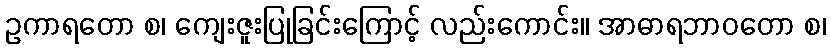
ဥကာရတော စ၊ ကျေးဇူးပြုခြင်းကြောင့် လည်းကောင်း။ အာဓာရဘာဝတော စ၊